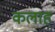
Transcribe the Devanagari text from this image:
कलाह